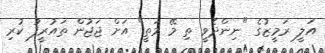
އަލީ ރަމީޒުގެ "ނިންދެވީ ތި މޭ މަތީ" އަށް ޖަޖުން ތައުރީފު ކުރި